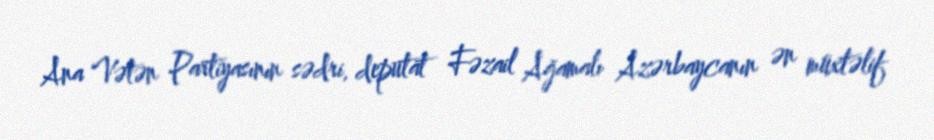
Ana Vətən Partiyasının sədri, deputat Fəzail Ağamalı Azərbaycanın ən müxtəlif